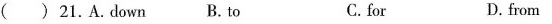
( ) 21.A.down B.to C.for D.from